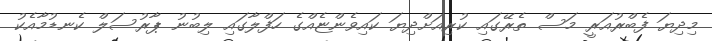
މިދިޔަ ފެބްރުއަރީ މަސް ތެރޭގައި ކުރިއަށްދިޔަ ކައިވެންޏެއްގެ ހަފްލާގައި ލިބުނު ޕާރުސަލް ކެނޑުމާއެކު